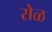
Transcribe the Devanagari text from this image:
रोळ